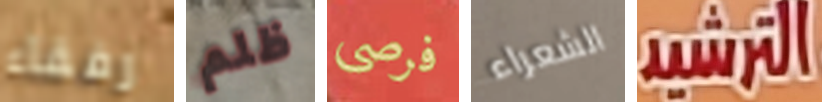
رفقاء ظلم فرصي الشعراء الترشيد